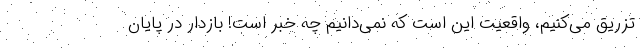
تزریق می‌کنیم، واقعیت این است که نمی‌دانیم چه خبر است! بازدار در پایان